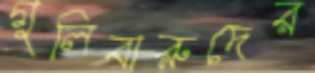
গুলিবারুদের